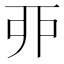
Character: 丣